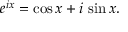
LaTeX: e ^ { i x } = \cos x + i \, \sin x .